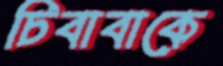
চিবাবাকে